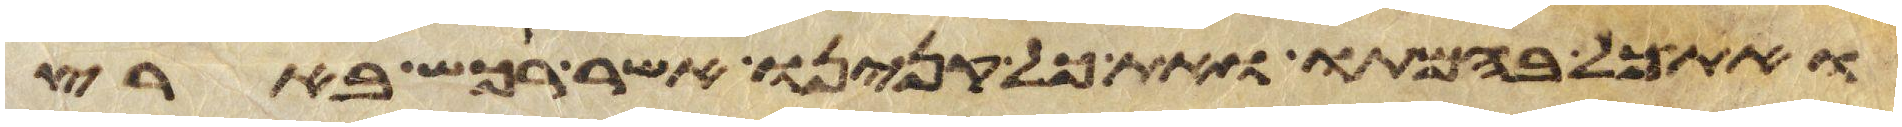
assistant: ואת כל בהמתו ואת כל קנינו אשר רכש בארץ